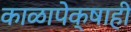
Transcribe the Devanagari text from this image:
काळापेक्षाही